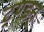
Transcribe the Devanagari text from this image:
ट्ण्डन्